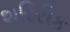
શરિરીક